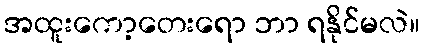
အထူးကော့တေးရော ဘာ ရနိုင်မလဲ။